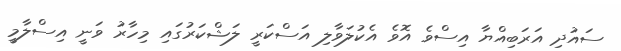
ސައުދި އަރަބިއްޔާ އިސްވެ އޮވެ އެކުލަވާލި އަސްކަރީ ލަޝްކަރުގައި މިހާރު ވަނީ އިސްލާމީ